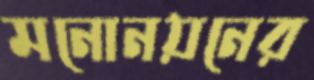
মনোনয়নের